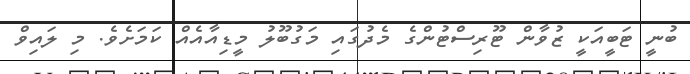
ބުނީ ޓަބީއަކީ ޒުވާން ޓޫރިސްޓުންގެ މެދުގައި މަގުބޫލު މީޑިއާއެއް ކަމަށެވެ. މި ލައިވް